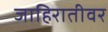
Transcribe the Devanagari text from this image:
जाहिरातीवर